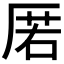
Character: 𭆋